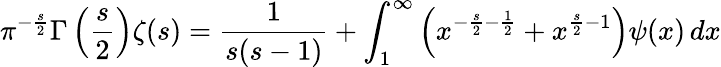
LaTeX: \pi^{-{\frac{s}{2}}}\Gamma\left({\frac{s}{2}}\right)\zeta(s)={\frac{1}{s({s-1})}}+\int_{1}^{\infty}\left({x^{-{\frac{s}{2}}-{\frac{1}{2}}}+x^{{\frac{s}{2}}-1}}\right)\psi(x)\, dx